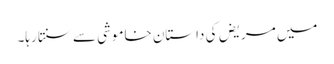
میں مریض کی داستان خاموشی سے سنتا رہا۔